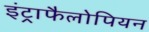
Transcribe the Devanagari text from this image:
इंट्राफैलोपियन